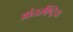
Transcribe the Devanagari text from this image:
आंतर्राष्ट्रिय